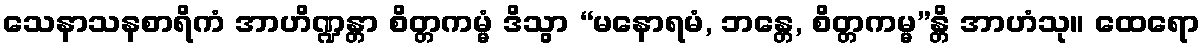
သေနာသနစာရိကံ အာဟိဏ္ဍန္တာ စိတ္တကမ္မံ ဒိသွာ “မနောရမံ, ဘန္တေ, စိတ္တကမ္မ”န္တိ အာဟံသု။ ထေရော